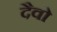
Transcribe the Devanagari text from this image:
दैवो